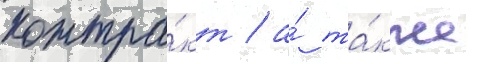
контра́кт / а́ та́кже